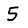
Digit: 5